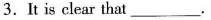
3.It is clear that___